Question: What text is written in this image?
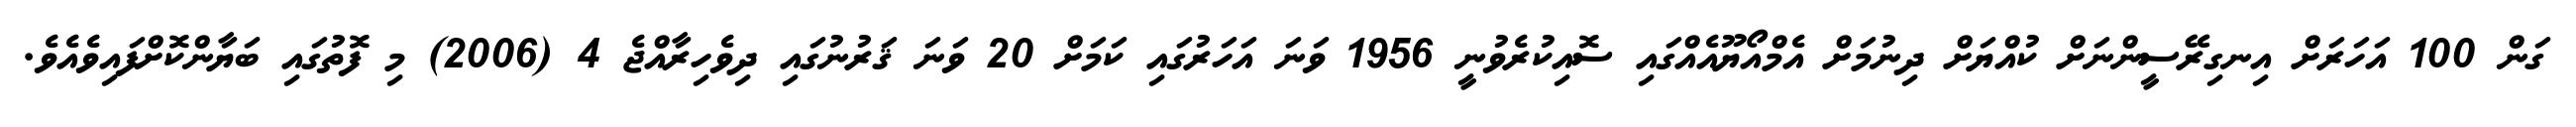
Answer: ގަން 100 އަހަރަށް އިނގިރޭސީންނަށް ކުއްޔަށް ދިނުމަށް އެމްއޯޔޫއެއްގައި ސޮއިކުރެވުނީ 1956 ވަނަ އަހަރުގައި ކަމަށް 20 ވަނަ ޤަރުނުގައި ދިވެހިރާއްޖެ 4 (2006) މި ފޮތުގައި ބަޔާންކޮށްފައިވެއެވެ.